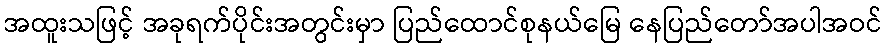
အထူးသဖြင့် အခုရက်ပိုင်းအတွင်းမှာ ပြည်ထောင်စုနယ်မြေ နေပြည်တော်အပါအဝင်